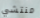
منتشي